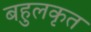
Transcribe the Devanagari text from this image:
बहुलकृत